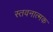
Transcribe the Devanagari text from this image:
स्तवनात्मक